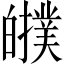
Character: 𤾷